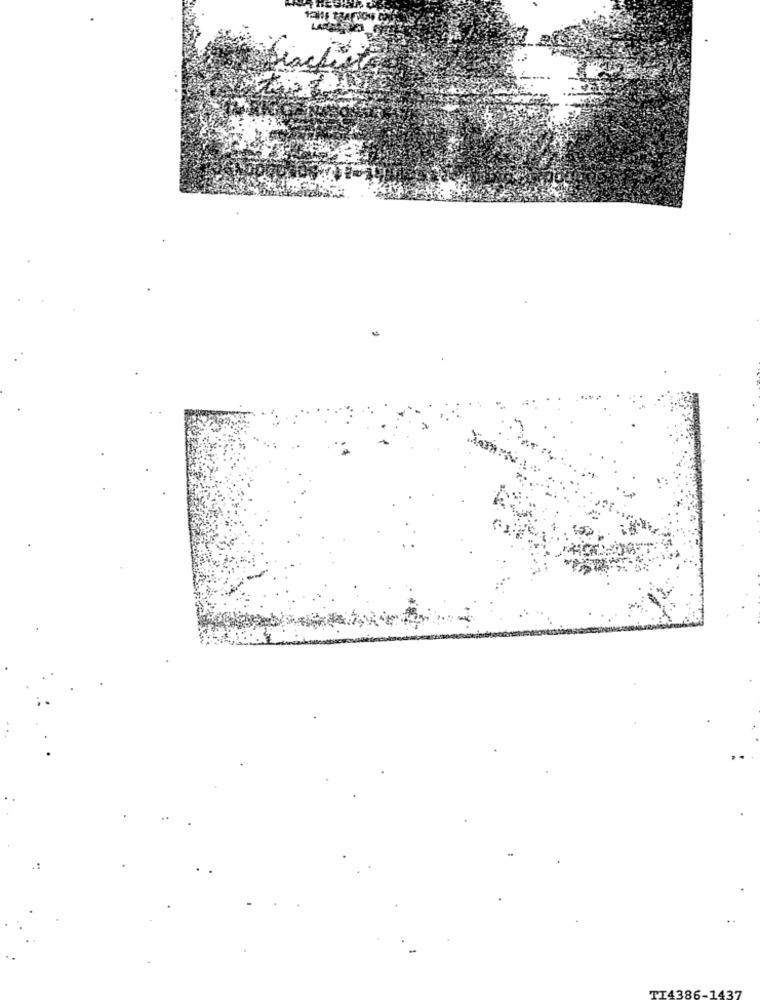
TT4386-
437